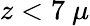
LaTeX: z<7~\mu